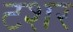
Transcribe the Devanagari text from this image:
टशर